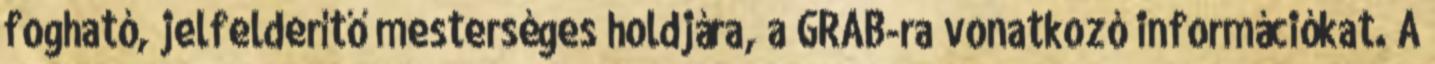
fogható, jelfelderítő mesterséges holdjára, a GRAB-ra vonatkozó információkat. A